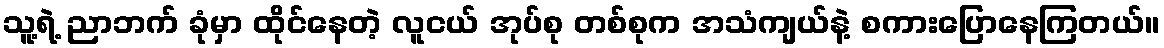
သူ့ရဲ့ ညာဘက် ခုံမှာ ထိုင်နေတဲ့ လူငယ် အုပ်စု တစ်စုက အသံကျယ်နဲ့ စကားပြောနေကြတယ်။